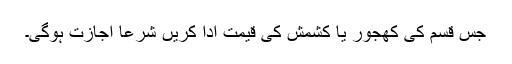
جس قسم کی کھجور یا کشمش کی قیمت ادا کریں شرعاً اجازت ہوگی۔